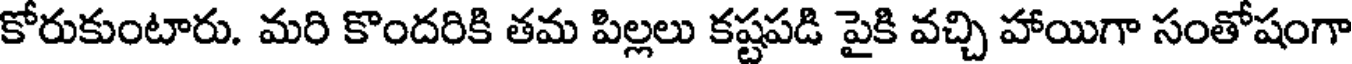
కోరుకుంటారు. మరి కొందరికి తమ పిల్లలు కష్టపడి పైకి వచ్చి హాయిగా సంతోషంగా